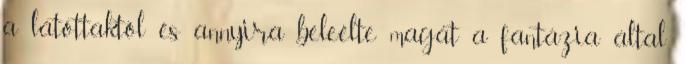
a látottaktól és annyira beleélte magát a fantázia által